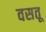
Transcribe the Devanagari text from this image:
वसतू